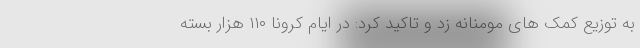
به توزیع کمک های مومنانه زد و تاکید کرد: در ایام کرونا ۱۱۰ هزار بسته